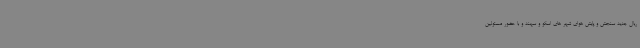
ریال جدید سنجش و پایش هوای شهر های اسکو و سهند و با حضور مسئولین